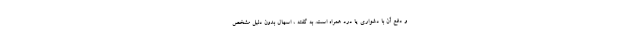
و دفع آن با دشواری یا درد همراه است. به گفته ، اسهال بدون دلیل مشخص